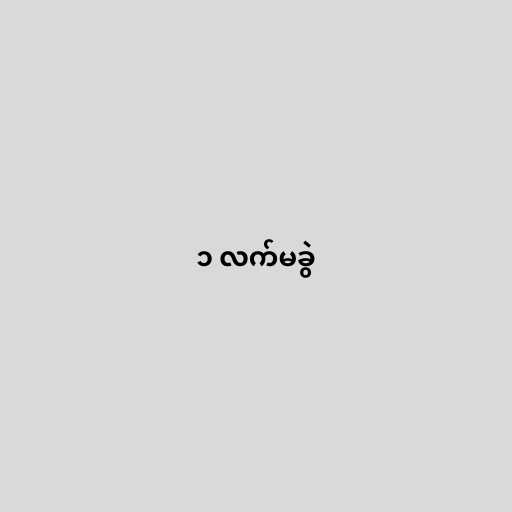
၁ လက်မခွဲ